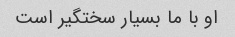
او با ما بسیار سختگیر است